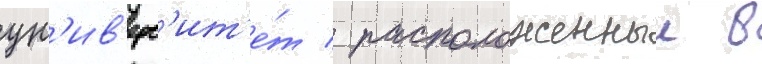
ун'ив'ерс'ит'е́т / расположенныи в